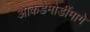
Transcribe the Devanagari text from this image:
आकडेमोडींमागे